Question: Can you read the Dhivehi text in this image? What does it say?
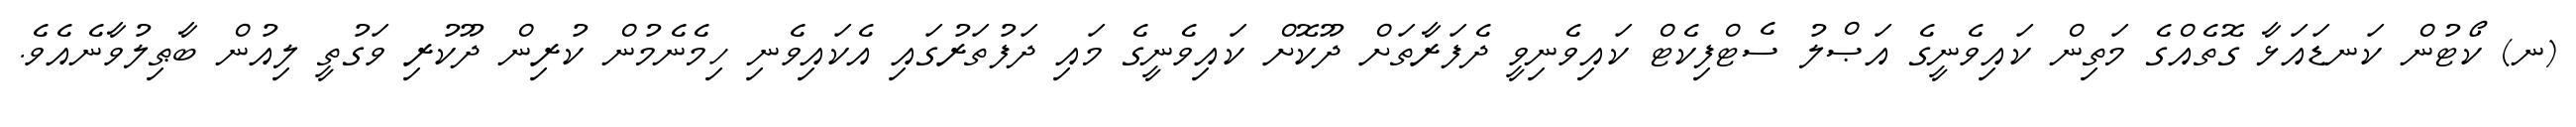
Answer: (ނ) ކޯޓުން ކަނޑައަޅާ ގޮތެއްގެ މަތިން ކައިވެނީގެ އަޞްލު ސެޓްފިކެޓް ކައިވެނިވީ ދެފަރާތަށް ދޫކޮށް ކައިވެނީގެ މައި ދަފުތަރުގައި އެކައިވެނި ހިމެނެމުން ކުރިން ދޫކުރި ވަގުތީ ލިއުން ބާޠިލުވާނެއެވެ.